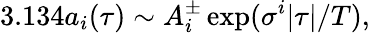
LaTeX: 3.134{a_{i}}(\tau)\sim A_{i}^{\pm}\exp(\sigma^{i}|\tau|/T),